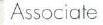
Associate